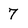
Character: 7